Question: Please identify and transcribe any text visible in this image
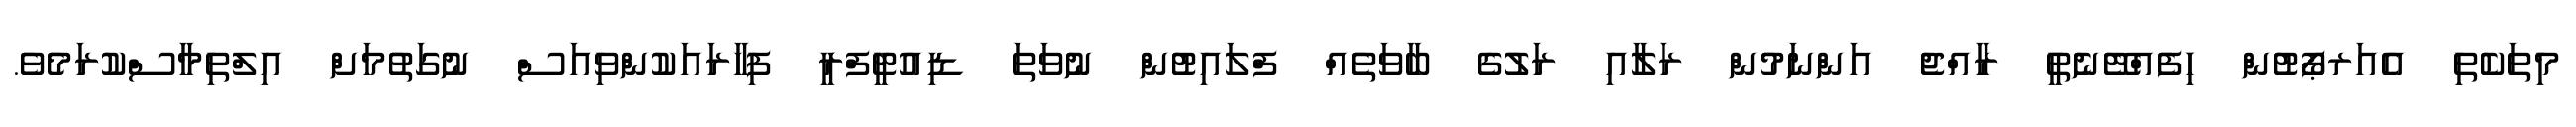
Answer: މިތަކެތި އެއަރޕޯޓުން ހިފެއްޓޭނެތީ ރާއްޖެ އަންނަމުން ރަލާއި ރަލުގެ ބާވަތެއް ފްލައިޓުން ނުވަތަ ޑިއުޓީފްރީ ފިހާރައަކުންވިއަސް ނުގަތުމަށް އިލްތިމާސްކުރަމެވެ.